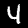
Digit: 4